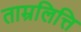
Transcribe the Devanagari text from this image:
ताम्रलित्ति